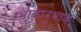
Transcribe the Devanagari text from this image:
भावानुभाव